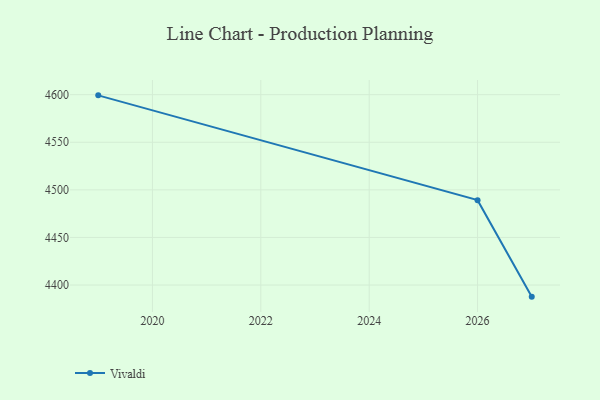
{"axis": {"x": "Year", "y": "Demand Index"}, "legend": ["Vivaldi"], "data": [{"x": "2019", "y": 4599.3, "type": "Vivaldi"}, {"x": "2026", "y": 4489.2, "type": "Vivaldi"}, {"x": "2027", "y": 4387.8, "type": "Vivaldi"}]}